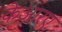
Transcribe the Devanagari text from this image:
केआरए